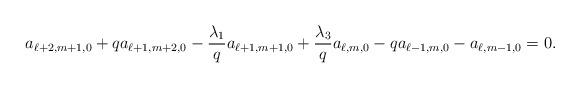
LaTeX: \begin{align*} a_{\ell+2,m+1,0}+qa_{\ell+1,m+2,0}-\frac{\lambda_1}{q}a_{\ell+1,m+1,0}+\frac{\lambda_3}{q}a_{\ell,m,0}-qa_{\ell-1,m,0}-a_{\ell,m-1,0}=0. \end{align*}